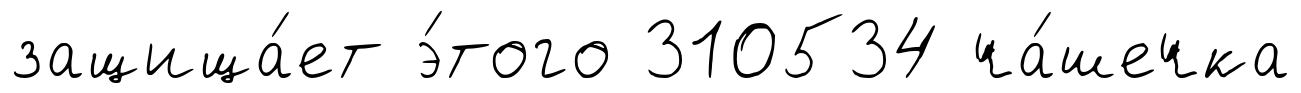
защища́ет э́того 310534 ча́шечка